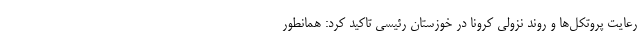
رعایت پروتکل‌ها و روند نزولی کرونا در خوزستان رئیسی تاکید کرد: همانطور